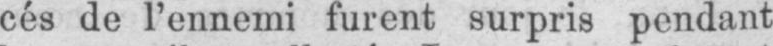
cés de l’ennemi furent surpris pendant